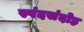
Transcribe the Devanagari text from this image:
स्पंदसंदोह